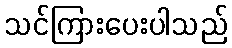
သင်ကြားပေးပါသည်